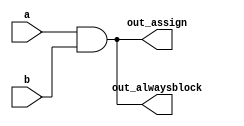
module top_module(
    input a, 
    input b,
    output wire out_assign,
    output reg out_alwaysblock
);

    // AND gate using assign statement
    assign out_assign = a & b;

    // AND gate using always block
    always @(*) begin
        out_alwaysblock = a & b;
    end

endmodule